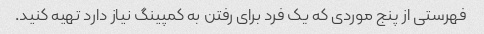
فهرستی از پنج موردی که یک فرد برای رفتن به کمپینگ نیاز دارد تهیه کنید.